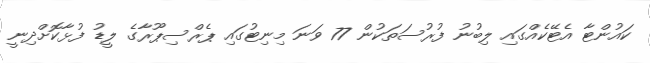
ކައުންޓާ އެޓޭކެއްގައި ލިބުނު ފުރުސަތަކުން 77 ވަނަ މިނިޓުގައި ޕެރްސިޕޫރާގެ ލީޑު ފުޅާކޮށްދިނީ